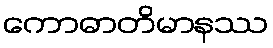
ကောဓာတိမာနဿ